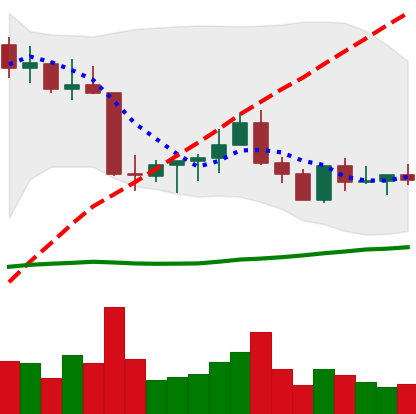
Ticker: ETC-USD
Chart end date: 2022-09-02
Forward return: 14.758%
Label: up_7plus